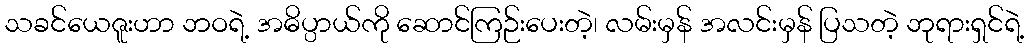
သခင်ယေဇူးဟာ ဘဝရဲ့ အဓိပ္ပာယ်ကို ဆောင်ကြဉ်းပေးတဲ့၊ လမ်းမှန် အလင်းမှန် ပြသတဲ့ ဘုရားရှင်ရဲ့